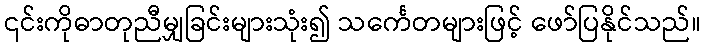
၎င်းကိုဓာတုညီမျှခြင်းများသုံး၍ သင်္ကေတများဖြင့် ဖော်ပြနိုင်သည်။